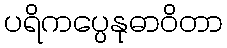
ပရိကပ္ပေနုဓာဝိတာ